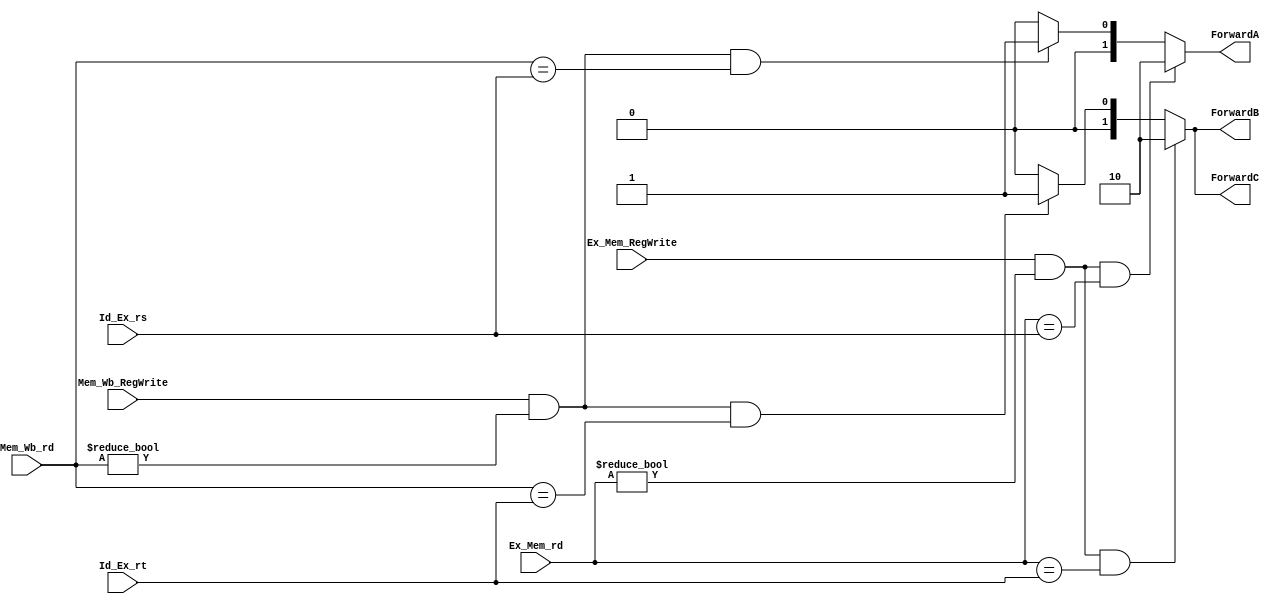
module Forwarding_unti(ForwardA, ForwardB, ForwardC, Ex_Mem_RegWrite, Mem_Wb_RegWrite, Ex_Mem_rd, Mem_Wb_rd, Id_Ex_rs, Id_Ex_rt);
input 		Ex_Mem_RegWrite;
input 		Mem_Wb_RegWrite;
input	[4:0]	Ex_Mem_rd;
input	[4:0]	Mem_Wb_rd;
input	[4:0]	Id_Ex_rs;
input	[4:0]	Id_Ex_rt;

output	[1:0]	ForwardA;	//2'b10 => Ex_Mem_rd=rs   	;   2'b10 => Mem_Wb_rd=rs   	
output	[1:0]	ForwardB;	//2'b10 => Ex_Mem_rd=rt	;   2'b10 => Mem_Wb_rd=rt   	
output	[1:0]	ForwardC;

reg	[1:0]	ForwardA;	
reg	[1:0]	ForwardB;
reg	[1:0]	ForwardC;

always@(Ex_Mem_RegWrite or Mem_Wb_RegWrite or Ex_Mem_rd or Mem_Wb_rd or Id_Ex_rs or Id_Ex_rt)begin
	
	if(Ex_Mem_RegWrite && (Ex_Mem_rd!=0) &&(Ex_Mem_rd == Id_Ex_rs))begin
		ForwardA = 2'b10;
	end
	//else if(Mem_Wb_RegWrite && (Mem_Wb_rd != 0) &&(Ex_Mem_rd != Id_Ex_rs) && (Mem_Wb_rd == Id_Ex_rs))begin
	else if(Mem_Wb_RegWrite && (Mem_Wb_rd != 0) && (Mem_Wb_rd == Id_Ex_rs))begin

		ForwardA = 2'b01;
	end
	else	ForwardA = 2'b00;

//////////////////////////////////////////////	

	if(Ex_Mem_RegWrite && (Ex_Mem_rd!=0) &&(Ex_Mem_rd == Id_Ex_rt))begin
		ForwardB = 2'b10;
	end
	//else if(Mem_Wb_RegWrite && (Mem_Wb_rd != 0) &&(Ex_Mem_rd != Id_Ex_rt) && (Mem_Wb_rd == Id_Ex_rt))begin
	else if(Mem_Wb_RegWrite && (Mem_Wb_rd != 0) && (Mem_Wb_rd == Id_Ex_rt))begin

		ForwardB = 2'b01;
	end
	else	ForwardB = 2'b00;

//////////////////////////////////////////////

	if(Ex_Mem_RegWrite && (Ex_Mem_rd!=0) &&(Ex_Mem_rd == Id_Ex_rt))begin
		ForwardC = 2'b10;
	end
	else if(Mem_Wb_RegWrite && (Mem_Wb_rd != 0) && (Mem_Wb_rd == Id_Ex_rt))begin

		ForwardC = 2'b01;
	end
	else	ForwardC = 2'b00;



end

endmodule